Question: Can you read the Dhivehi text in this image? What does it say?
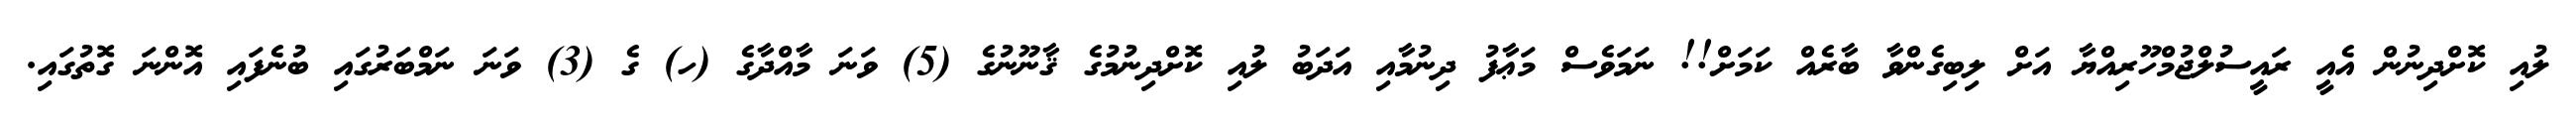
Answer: ލުއި ކޮށްދިނުން އެއީ ރައީސުލްޖުމްހޫރިއްޔާ އަށް ލިބިގެންވާ ބާރެއް ކަމަށް!! ނަމަވެސް މަޢާފު ދިނުމާއި އަދަބު ލުއި ކޮށްދިނުމުގެ ޤާނޫނުގެ (5) ވަނަ މާއްދާގެ (ހ) ގެ (3) ވަނަ ނަމްބަރުގައި ބުނެފައި އޮންނަ ގޮތުގައި.